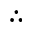
\therefore